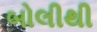
બોલીથી